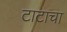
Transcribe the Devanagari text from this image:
टाटाचा